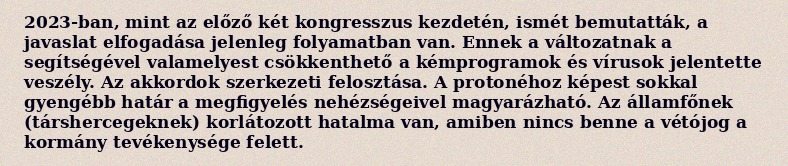
2023-ban, mint az előző két kongresszus kezdetén, ismét bemutatták, a javaslat elfogadása jelenleg folyamatban van. Ennek a változatnak a segítségével valamelyest csökkenthető a kémprogramok és vírusok jelentette veszély. Az akkordok szerkezeti felosztása. A protonéhoz képest sokkal gyengébb határ a megfigyelés nehézségeivel magyarázható. Az államfőnek (társhercegeknek) korlátozott hatalma van, amiben nincs benne a vétójog a kormány tevékenysége felett.